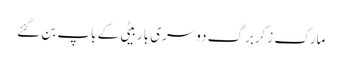
مارک زکربرگ دوسری باربیٹی کے باپ بن گئے